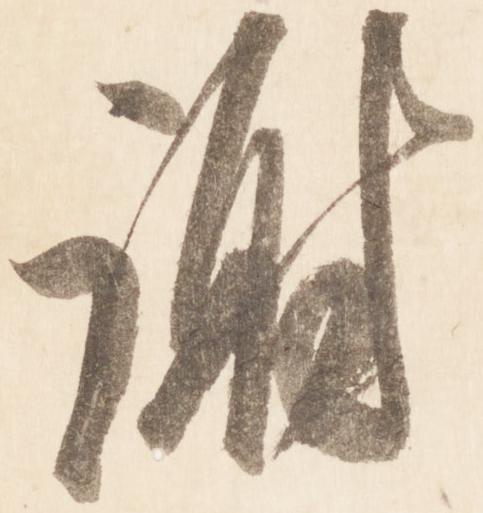
謝